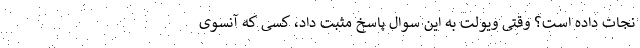
نجات داده است؟ وقتی ویولت به این سوال پاسخ مثبت داد، کسی که آنسوی